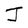
Character: J